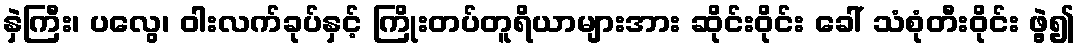
နှဲကြီး၊ ပလွေ၊ ဝါးလက်ခုပ်နှင့် ကြိုးတပ်တူရိယာများအား ဆိုင်းဝိုင်း ခေါ် သံစုံတီးဝိုင်း ဖွဲ့၍